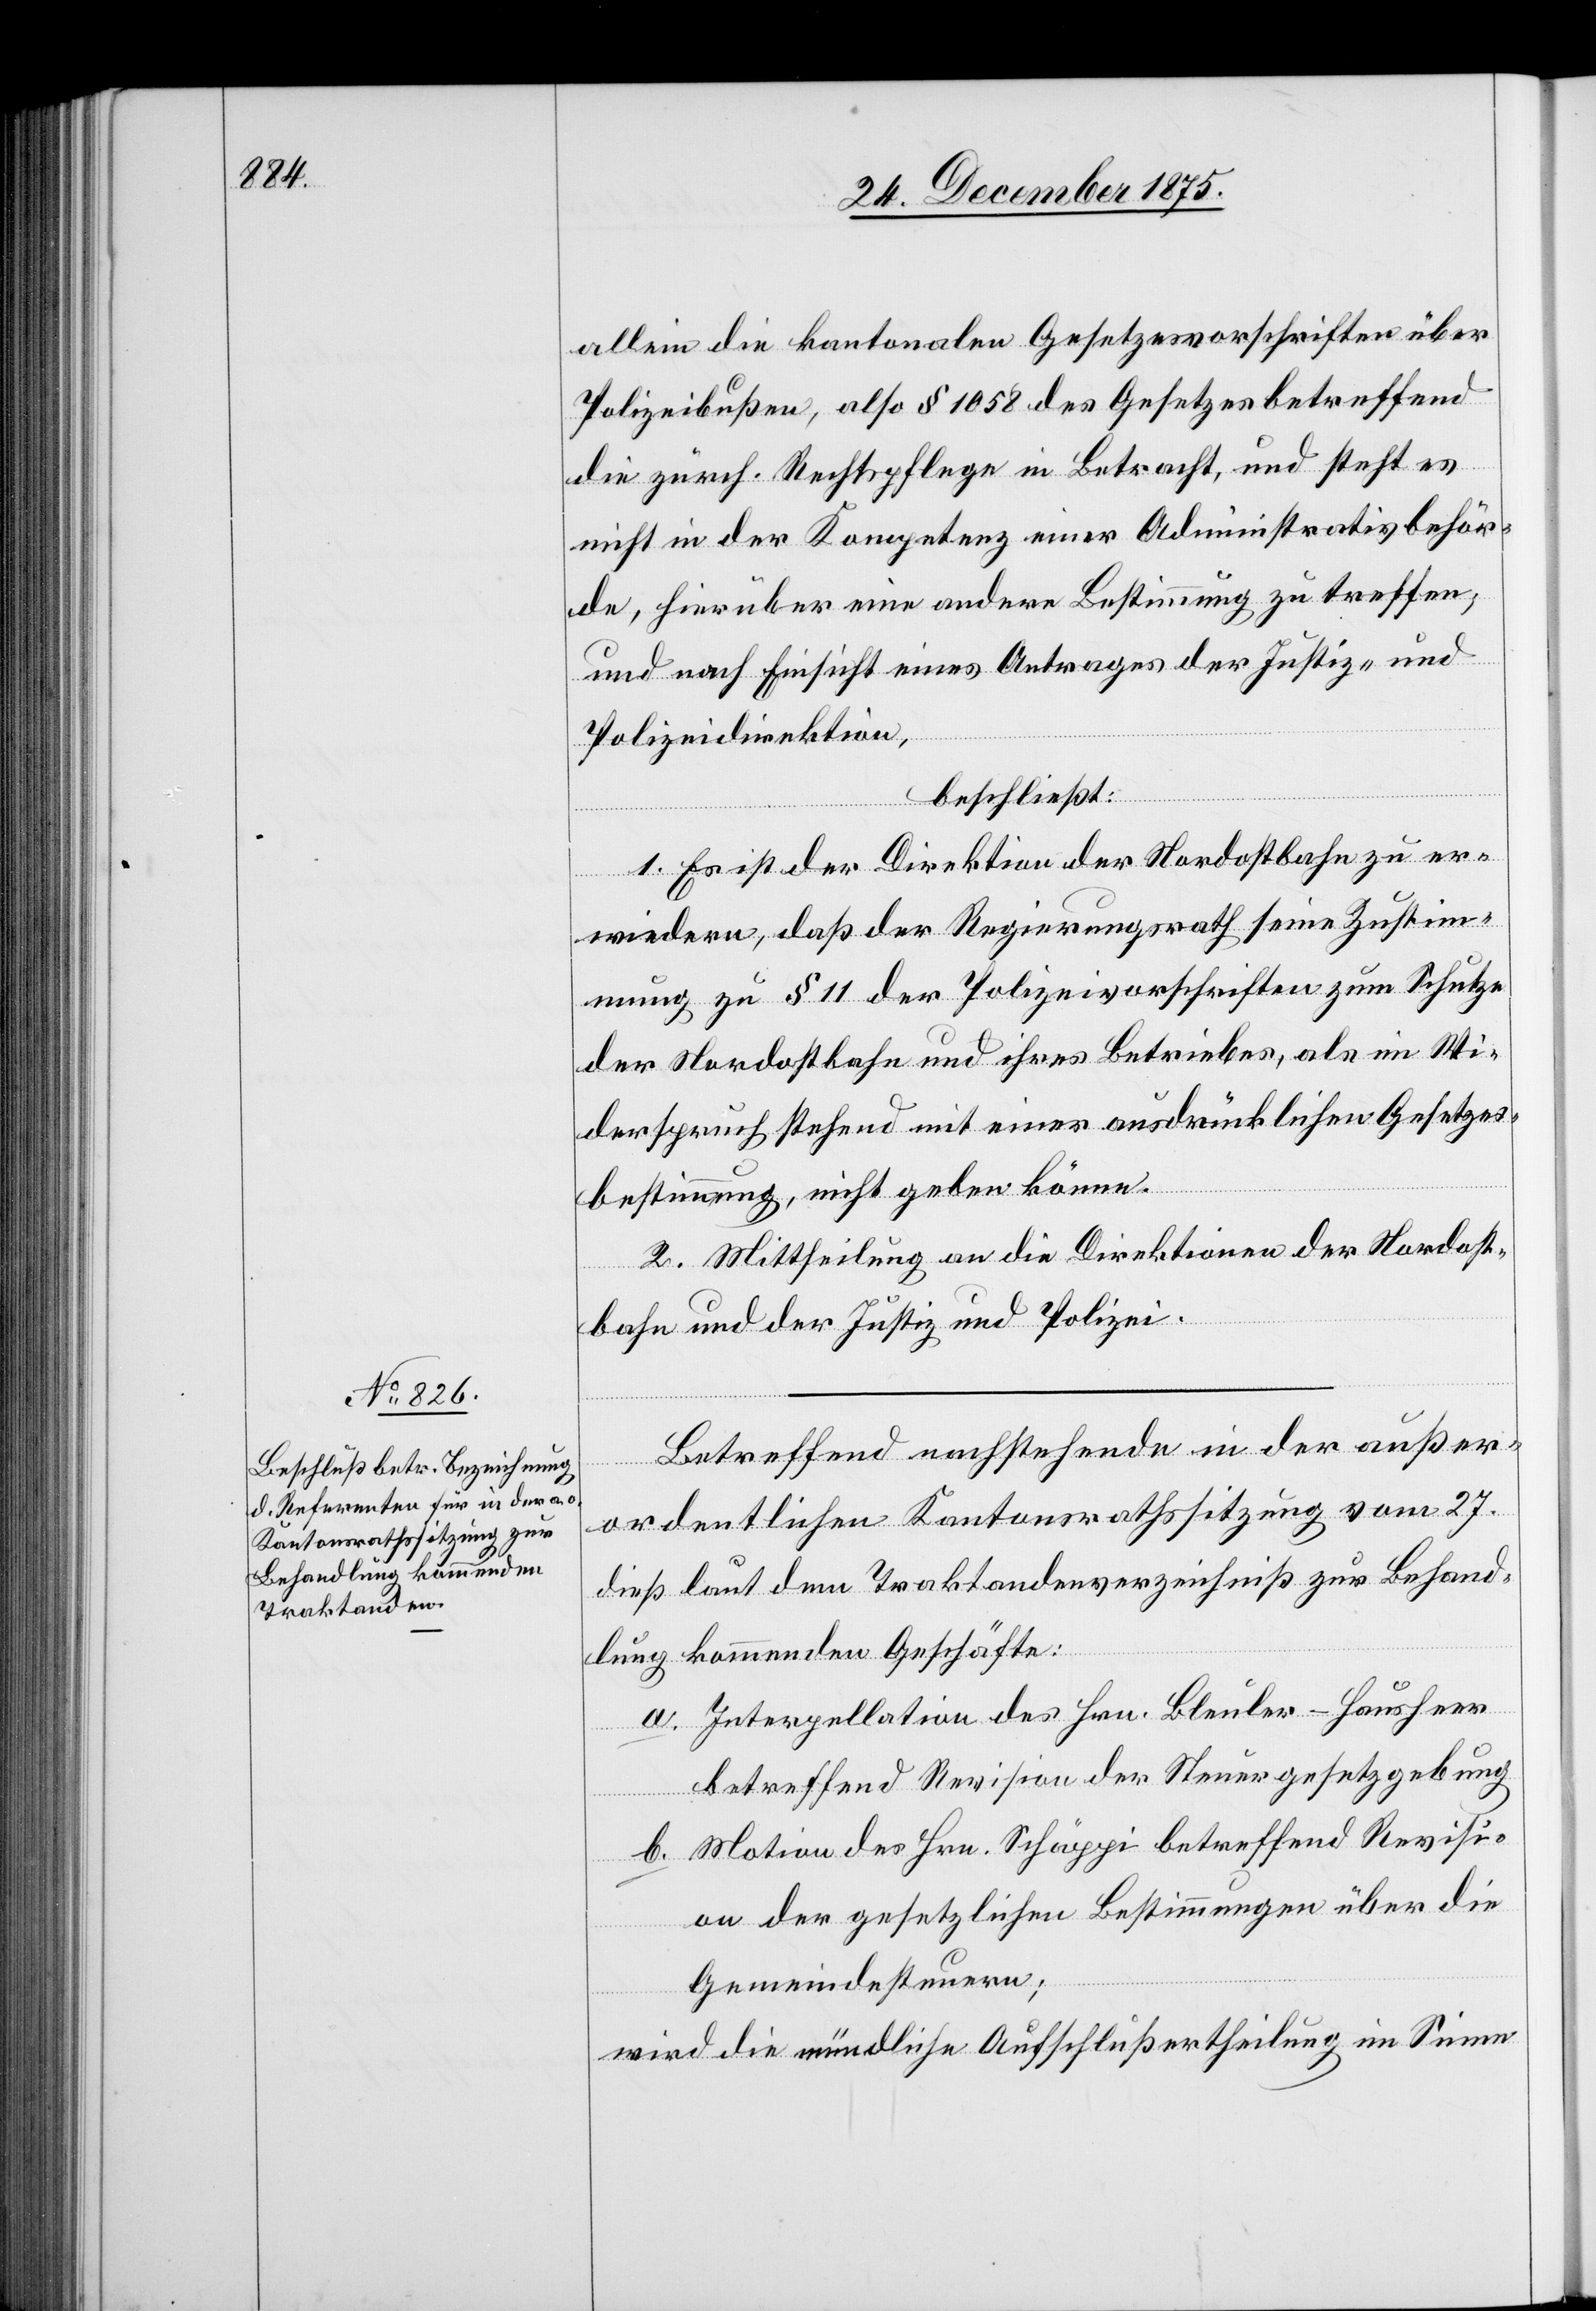
allein die kantonalen Gesetzesvorschriften über
Polizeibußen, also § 1058 des Gesetzes betreffend
die zürch. Rechtspflege in Betracht, und steht es
nicht in der Kompetenz einer Administrativbehör¬
de, hierüber eine andere Bestimmung zu treffen;
und nach Einsicht eines Antrages der Justiz- und
Polizeidirektion,
beschließt:
1. Es ist der Direktion der Nordostbahn zu er¬
wiedern, daß der Regierungsrath seine Zustim¬
mung zu § 11 der Polizeivorschriften zum Schutze
der Nordostbahn und ihres Betriebes, als im Wie¬
derspruch stehend mit einer ausdrücklichen Gesetzes¬
bestimmung, nicht geben könne.
2. Mittheilung an die Direktionen der Nordost¬
bahn und der Justiz und Polizei.
Betreffend nachstehende in der außer¬
ordentlichen Kantonsrathssitzung vom 27.
dieß laut dem Traktandenverzeichniß zur Behand¬
lung kommenden Geschäfte:
a. Interpellation des Hrn. Bleuler-Hausheer
betreffend Revision der Steuergesetzgebung
b. Motion des Hrn. Schäppi betreffend Revisi¬
on der gesetzlichen Bestimmungen über die
Gemeindesteuern;
wird die mündliche Aufschlußertheilung im Sinne